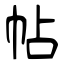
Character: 帖